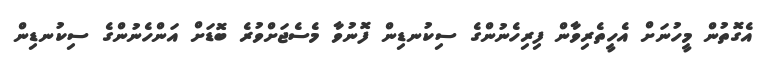
އެގޮތުން މީހުނަށް އެހީތެރިވާން ފިރިހެނުންގެ ސިކުނޑިން ފޮނުވާ މެސެޖަށްވުރެ ބޮޑަށް އަންހެނުންގެ ސިކުނޑިން